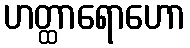
ဟတ္ထာရောဟော